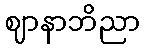
ဈာနာဘိညာ